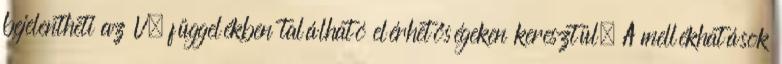
bejelentheti az V. függelékben található elérhetőségeken keresztül. A mellékhatások